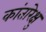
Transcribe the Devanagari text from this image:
कांतारेक्षु